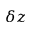
\delta z